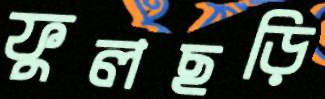
ফুলছড়ি